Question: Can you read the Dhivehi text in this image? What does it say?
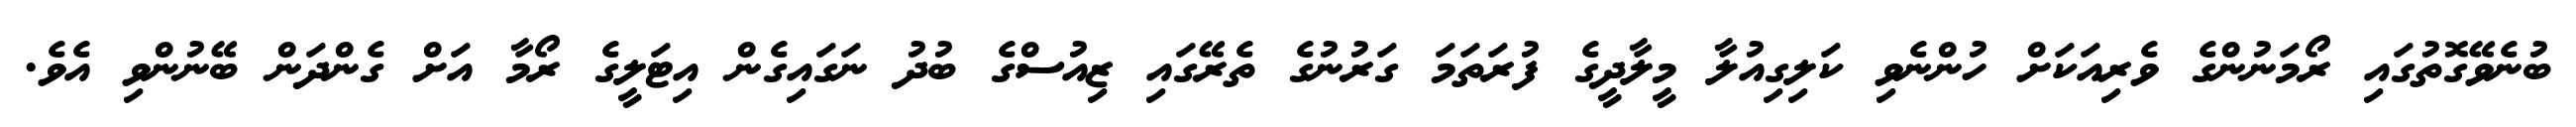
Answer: ބުނެވޭގޮތުގައި ރޯމަނުންގެ ވެރިއަކަށް ހުންނެވި ކަލިގިއުލާ މީލާދީގެ ފުރަތަމަ ގަރުނުގެ ތެރޭގައި ޒިއުސްގެ ބުދު ނަގައިގެން އިޓަލީގެ ރޯމާ އަށް ގެންދަން ބޭނުންވި އެވެ.